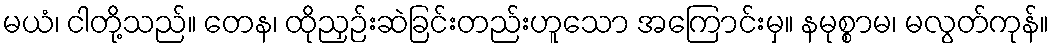
မယံ၊ ငါတို့သည်။ တေန၊ ထိုညှဉ်းဆဲခြင်းတည်းဟူသော အကြောင်းမှ။ နမုစ္စာမ၊ မလွတ်ကုန်။